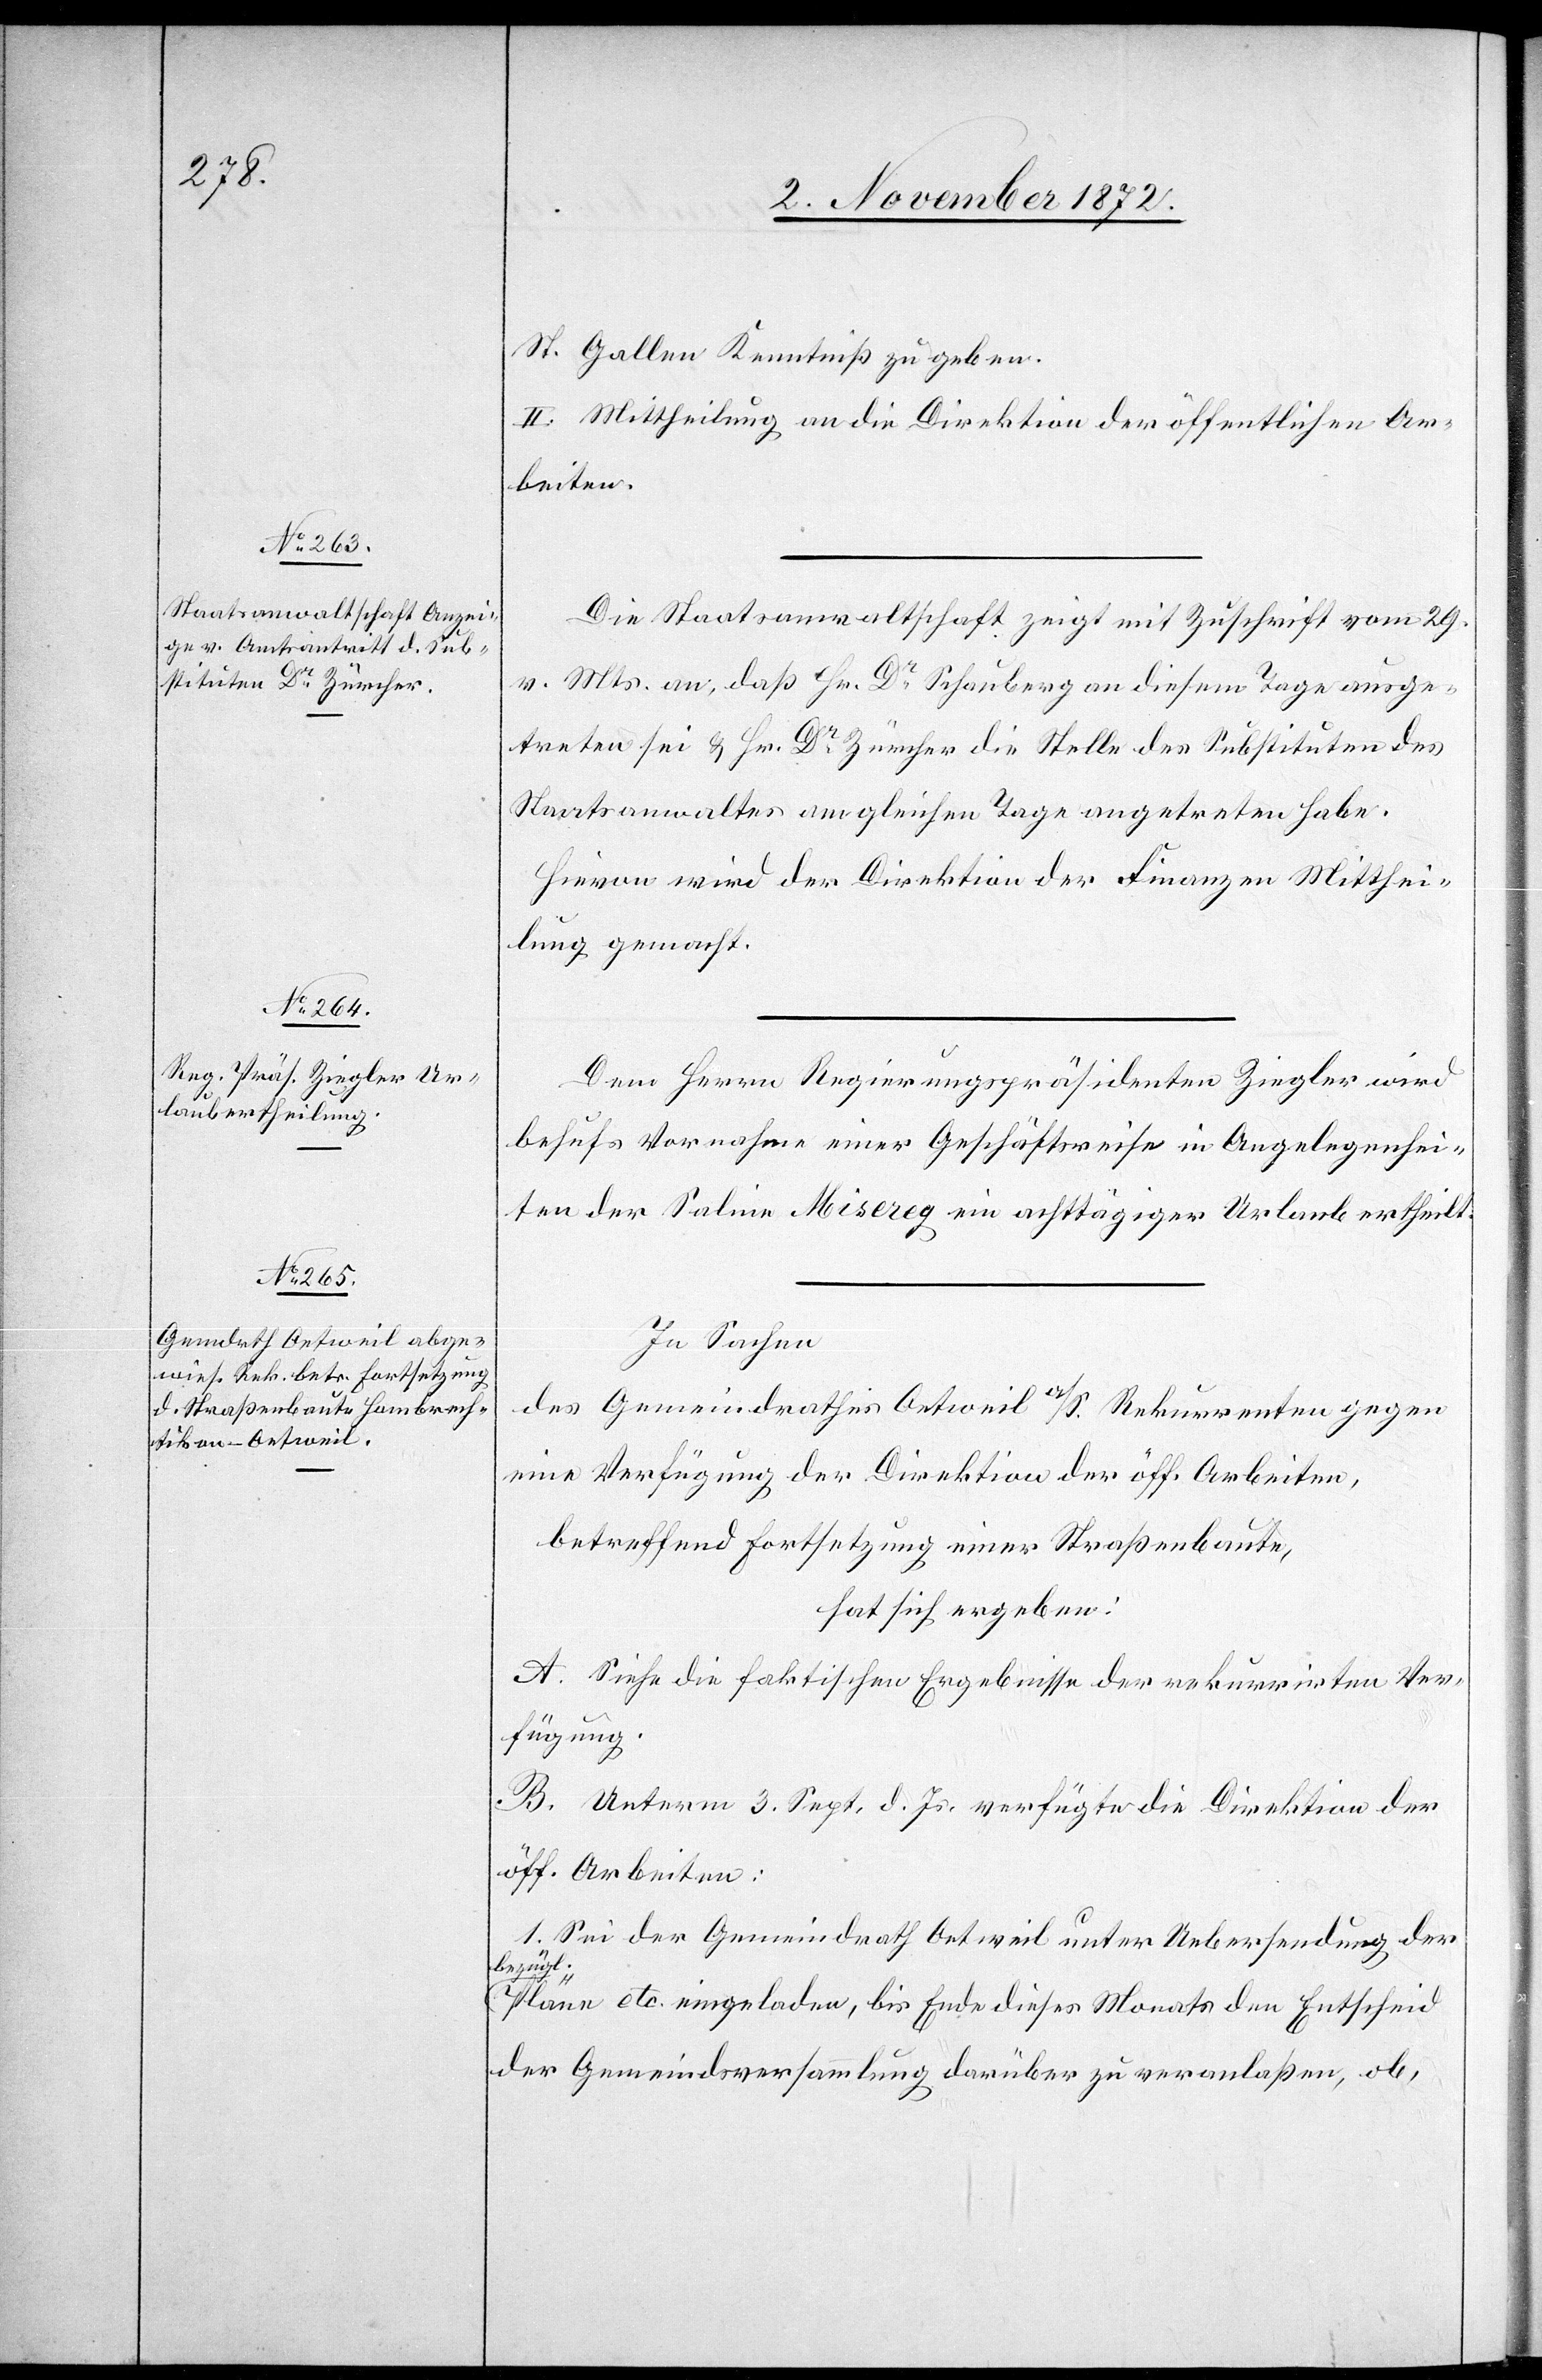
St. Gallen Kenntniß zu geben.
II. Mittheilung an die Direktion der öffentlichen Ar¬
beiten.
Die Staatsanwaltschaft zeigt mit Zuschrift vom 29.
v. Mts. an, daß Hr. Dr Schauberg an diesem Tage ausge¬
treten sei u. Hr. Dr Zürcher die Stelle des Substituten des
Staatsanwaltes am gleichen Tage angetreten habe.
Hievon wird der Direktion der Finanzen Mitthei¬
lung gemacht.
Dem Herrn Regierungspräsidenten Ziegler wird
behufs Vornahme einer Geschäftsreise in Angelegenhei¬
ten der Saline Miserey ein achttägiger Urlaub ertheilt.
In Sachen
des Gemeindrathes Oetweil a/S. Rekurrenten gegen
eine Verfügung der Direktion der öff. Arbeiten,
betreffend Fortsetzung einer Straßenbaute,
hat sich ergeben:
A. Siehe die faktischen Ergebnisse der rekurrirten Ver¬
fügung.
B. Unterm 3. Sept. d. Js. verfügte die Direktion der
öff. Arbeiten:
I. Sei der Gemeindrath Oetweil unter Uebersendung der
bezügl.
Pläne etc. eingeladen, bis Ende dieses Monats den Entscheid
der Gemeindsversammlung darüber zu veranlaßen, ob,